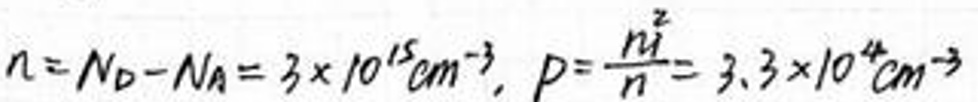
\[
n = N_D - N_A = 3\times10^{15}cm^{-3}, \quad p = \frac{n_i^2}{n} = 3.3\times10^4cm^{-3}
\]